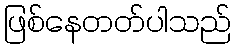
ဖြစ်နေတတ်ပါသည်